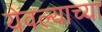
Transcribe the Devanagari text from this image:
येवल्याच्या